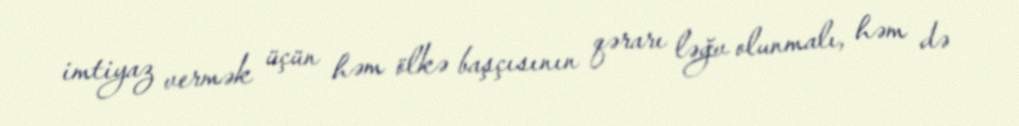
imtiyaz vermək üçün həm ölkə başçısının qərarı ləğv olunmalı, həm də